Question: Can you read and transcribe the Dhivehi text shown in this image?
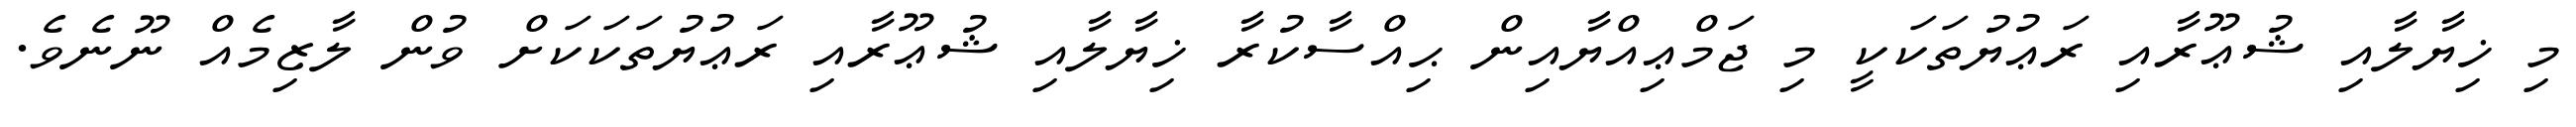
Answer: މި ޚިޔާލާއި ޝުޢޫރާއި ރަޢުޔުތަކަކީ މި ޖަމްޢިއްޔާއިން ޙިއްސާކުރާ ޚިޔާލާއި ޝުޢޫރާއި ރަޢުޔުތަކަކަށް ވުން ލާޒިމެއް ނޫނެވެ.